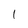
Character: l